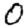
Digit: 0